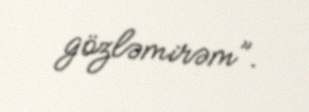
gözləmirəm”.